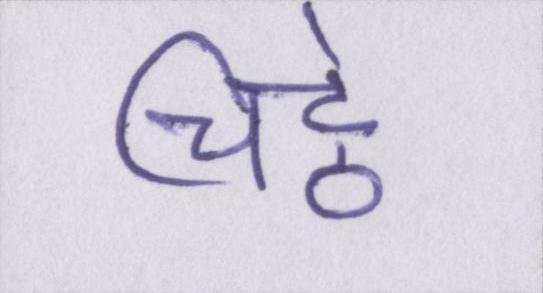
चिट्ठे